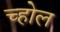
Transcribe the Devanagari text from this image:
च्होल